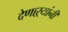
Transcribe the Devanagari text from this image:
देणाऱ्यांनी